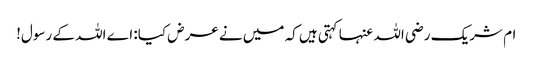
ام شریک رضی اللہ عنہا کہتی ہیں کہ میں نے عرض کیا: اے اللہ کے رسول!